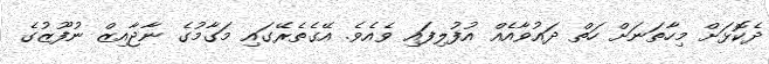
ދެކޮޅަށް މިހާތަނަށް ހަތް ދައުވާއެއް އުފުލިފައި ވެއެވެ. އޭގެތެރޭގައި މަގާމުގެ ނާޖާއިޒް ނުފޫޒުގެ